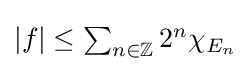
|f|\leq \textstyle \sum _{n\in \mathbb {Z} }2^{n}\chi _{E_{n}}